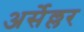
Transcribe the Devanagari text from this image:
अर्सेल्लर